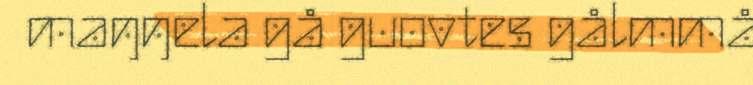
maŋŋela gå guovtes gålmmå